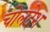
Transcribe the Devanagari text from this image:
चोलदेश